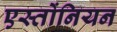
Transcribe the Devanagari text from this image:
एस्तोंनियन